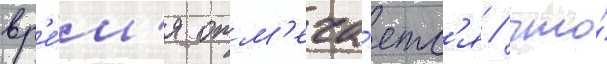
вр'е́м'я отм'еча́етс'я / что́